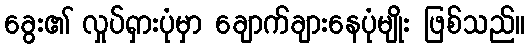
ခွေး၏ လှုပ်ရှားပုံမှာ ချောက်ချားနေပုံမျိုး ဖြစ်သည်။